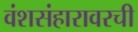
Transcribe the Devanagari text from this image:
वंशसंहारावरची